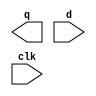
/*
 * Copyright 2018 ISP RAS (http://www.ispras.ru)
 *
 * Licensed under the Apache License, Version 2.0 (the "License");
 * you may not use this file except in compliance with the License.
 * You may obtain a copy of the License at
 *
 *     http://www.apache.org/licenses/LICENSE-2.0
 *
 * Unless required by applicable law or agreed to in writing, software
 * distributed under the License is distributed on an "AS IS" BASIS,
 * WITHOUT WARRANTIES OR CONDITIONS OF ANY KIND, either express or implied.
 * See the License for the specific language governing permissions and
 * limitations under the License.
 */

// IEEE Std 1364-2005
//   7. Gate- and switch-level modeling
//     7.1 Gate and switch declaration syntax
//       7.1.6 Primitive instance connection list
//         This example demonstrates how a series of modules can be chained together.

module dffn (q, d, clk);
  parameter bits = 1;
  input [bits-1:0] d;
  output [bits-1:0] q;
  input clk ;
//  DFF dff[bits-1:0] (q, d, clk); // create a row of D flip-flops
endmodule

module MxN_pipeline (in, out, clk);
  parameter  M = 3, N = 4;        // M=width,N=depth
  input [M-1:0] in;
  output [M-1:0] out;
  input clk;
  wire [M*(N-1):1] t;
  // #(M) redefines the bits parameter for dffn
  // create p[1:N] columns of dffn rows (pipeline)
  dffn #(M) p[1:N] ({out, t}, {t, in}, clk);
endmodule